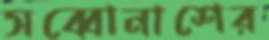
সব্বোনাশের